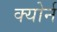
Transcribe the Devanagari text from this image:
क्योर्न